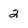
Character: 2